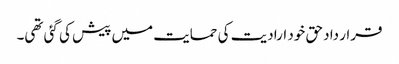
قرار داد حق خود ارادیت کی حمایت میں پیش کی گئی تھی۔